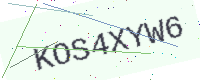
Text: KOS4XYW6